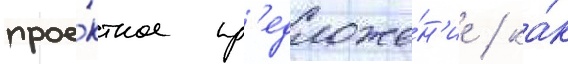
прое́ктное пр'едложе́н'ие / ка́к